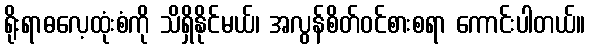
ရိုးရာဓလေ့ထုံးစံကို သိရှိနိုင်မယ်၊ အလွန်စိတ်ဝင်စားစရာ ကောင်းပါတယ်။